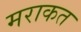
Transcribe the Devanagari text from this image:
मराकत